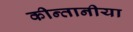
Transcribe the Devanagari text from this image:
कीन्तानीया